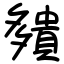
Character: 㚍